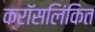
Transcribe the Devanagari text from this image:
क्रॉसलिंकित